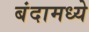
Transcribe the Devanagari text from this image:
बंदामध्ये